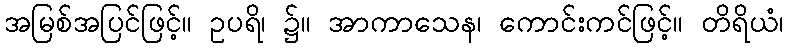
အမြစ်အပြင်ဖြင့်။ ဥပရိ၊ ၌။ အာကာသေန၊ ကောင်းကင်ဖြင့်။ တိရိယံ၊